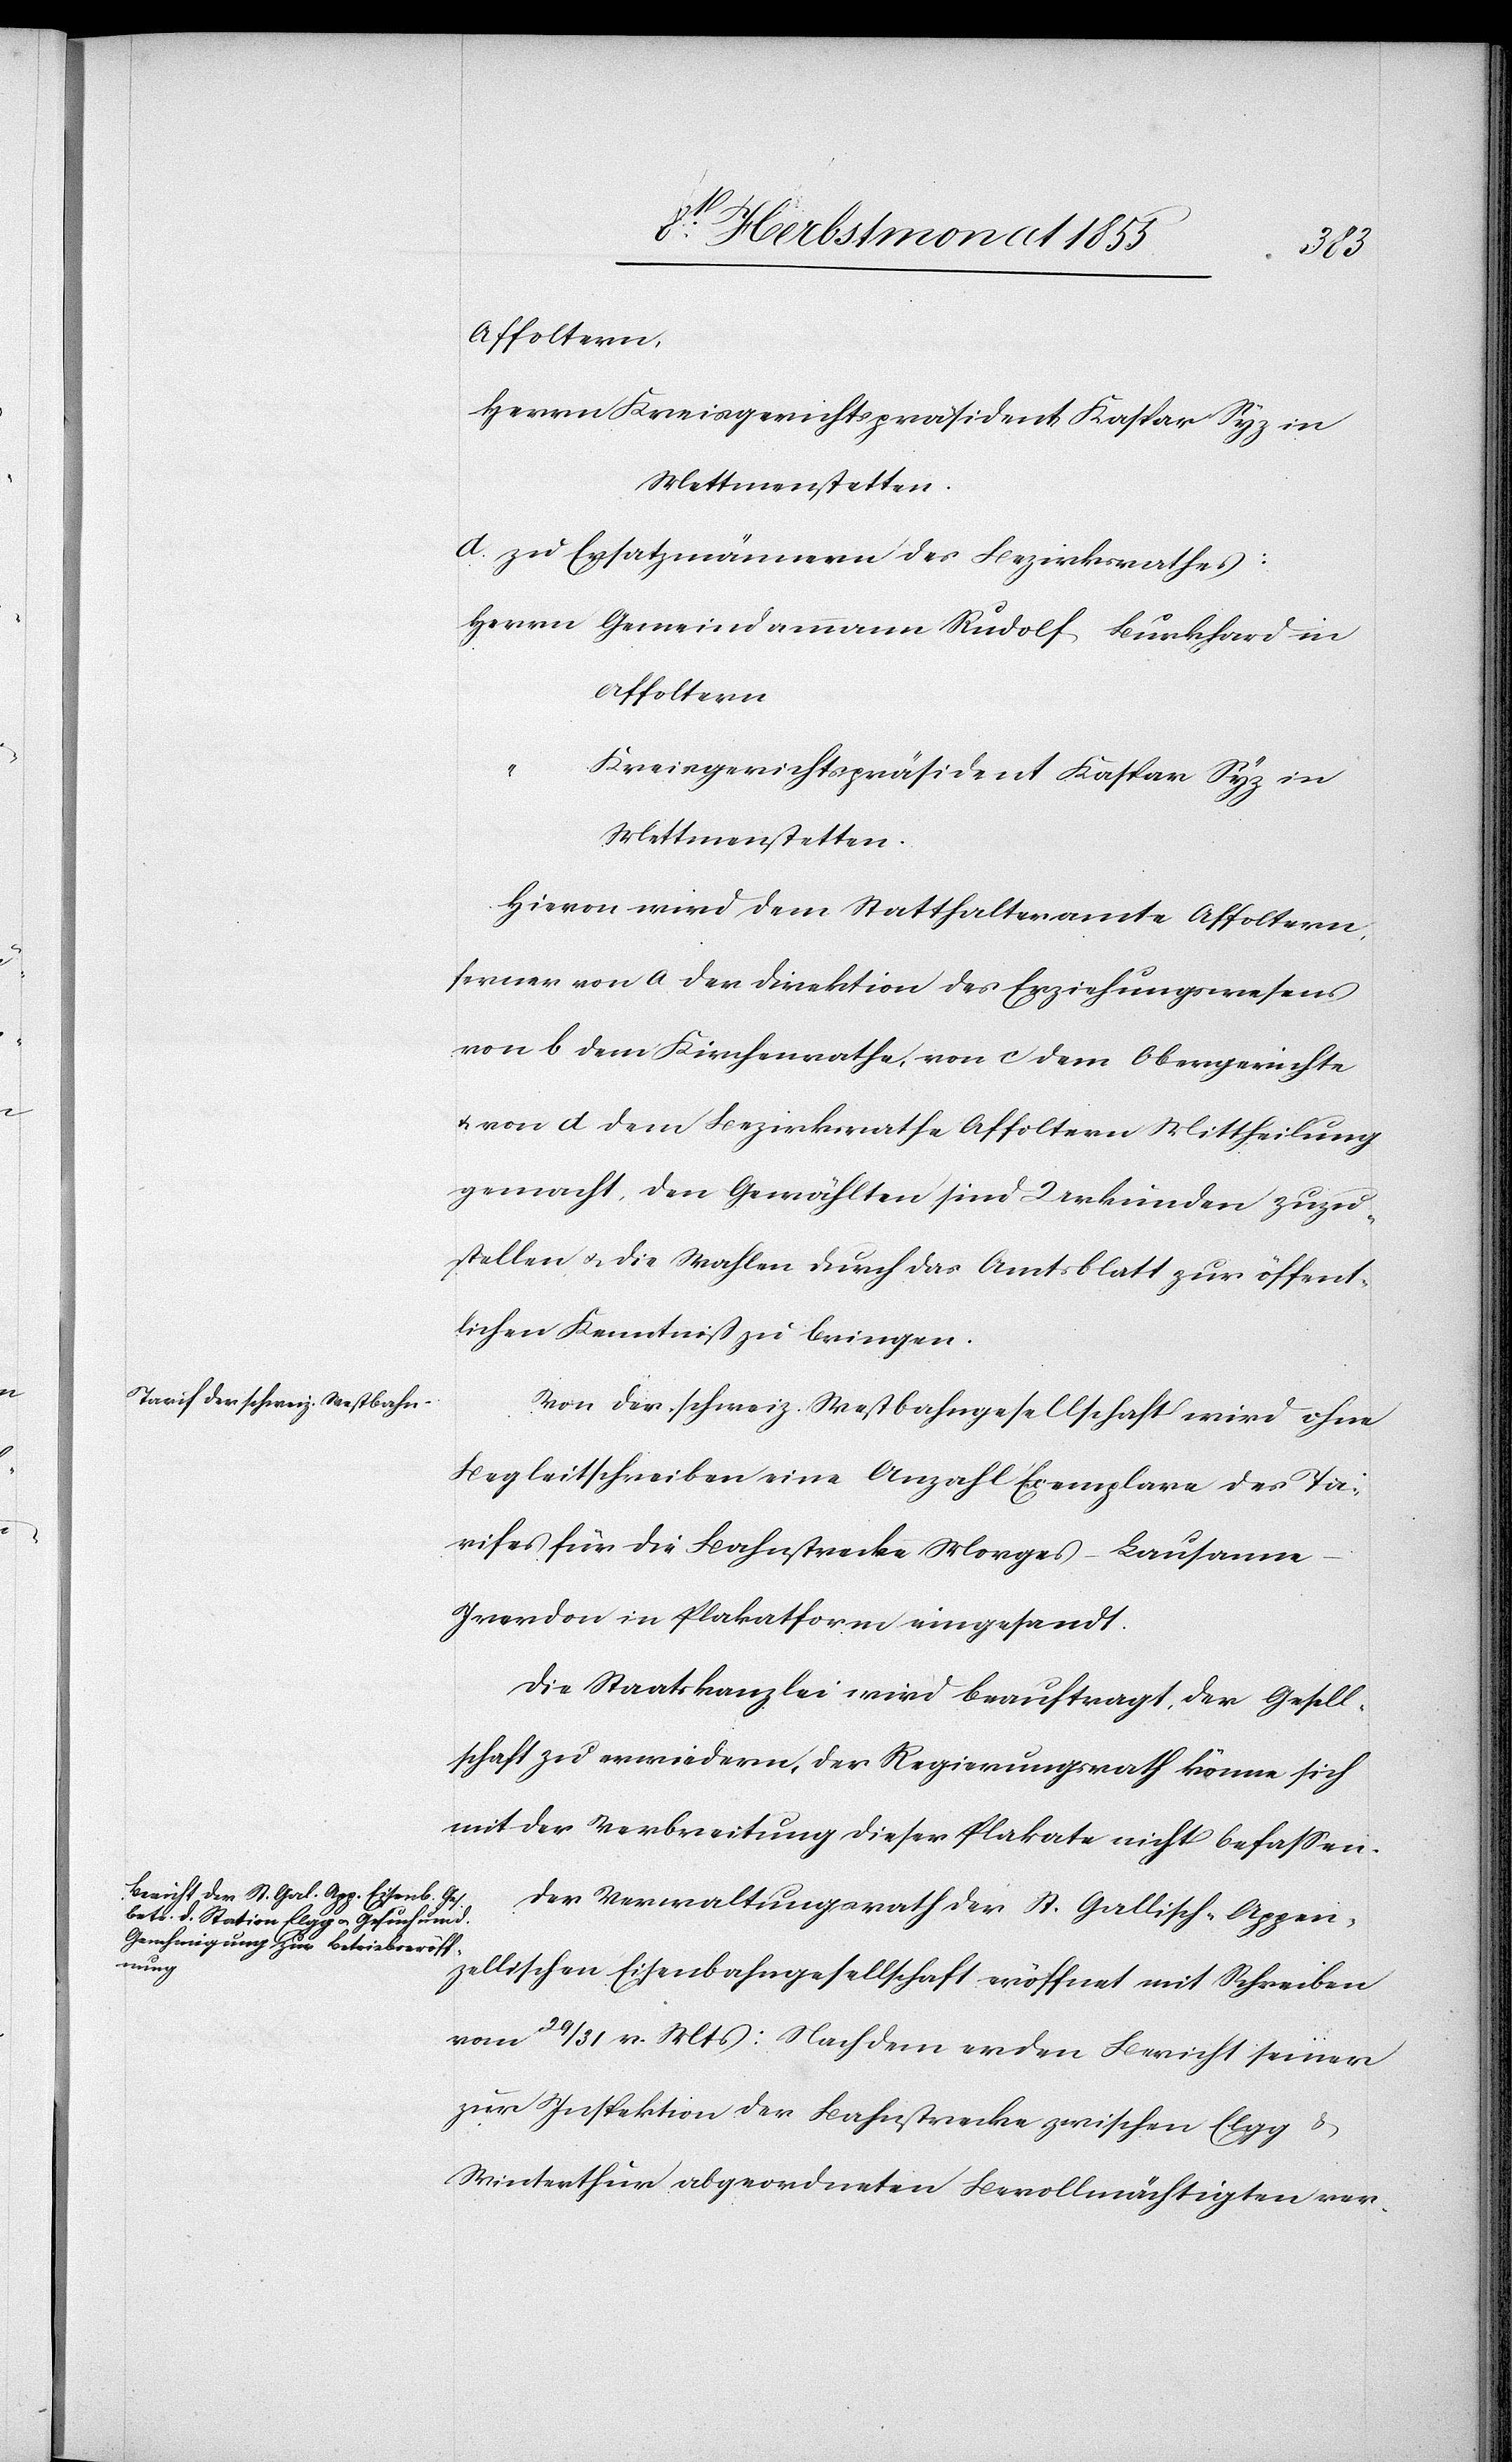
Affoltern,
Herrn Kreisgerichtspräsident Kaspar Syz in
Mettmenstetten.
d. zu Ersatzmännern des Bezirksrathes:
Herrn Gemeindammann Rudolf Burkhard in
Affoltern
Kreisgerichtspräsident Kaspar Syz in
Mettmenstetten.
Hievon wird dem Statthalteramte Affoltern,
ferner von a der Direktion des Erziehungswesens[,]
von b dem Kirchenrathe, von c dem Obergerichte
& von d dem Bezirksrathe Affoltern Mittheilung
gemacht, den Gewählten sind Urkunden zuzu¬
stellen & die Wahlen durch das Amtsblatt zur öffent¬
lichen Kenntniß zu bringen.
Von der schweiz. Westbahngesellschaft wird ohne
Begleitschreiben eine Anzahl Exemplare des Ta¬
rifes für die Bahnstrecke Morges–Lausanne–I¬
verdon in Plakatform eingesandt.
Die Staatskanzlei wird beauftragt, der Gesell¬
schaft zu erwiedern, der Regierungsrath könne sich
mit der Verbreitung dieser Plakate nicht befassen.
Der Verwaltungsrath der St. Gallisch-Appen¬
zellischen Eisenbahngesellschaft eröffnet mit Schreiben
vom 29 / 31 v. Mts: Nachdem er den Bericht seiner
zur Inspektion der Bahnstrecke zwischen Elgg &
Winterthur abgeordneten Bevollmächtigten ver-